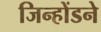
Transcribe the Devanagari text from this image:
जिन्होंडने